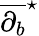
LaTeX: {\overline{{\partial_{b}}}}^{\star}